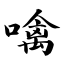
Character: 噙